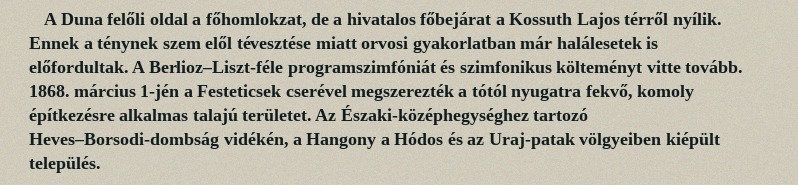
A Duna felőli oldal a főhomlokzat, de a hivatalos főbejárat a Kossuth Lajos térről nyílik. Ennek a ténynek szem elől tévesztése miatt orvosi gyakorlatban már halálesetek is előfordultak. A Berlioz–Liszt-féle programszimfóniát és szimfonikus költeményt vitte tovább. 1868. március 1-jén a Festeticsek cserével megszerezték a tótól nyugatra fekvő, komoly építkezésre alkalmas talajú területet. Az Északi-középhegységhez tartozó Heves–Borsodi-dombság vidékén, a Hangony a Hódos és az Uraj-patak völgyeiben kiépült település.